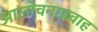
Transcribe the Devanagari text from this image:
आलोचनाप्रवाह